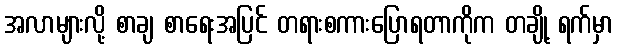
အလာများလို့ စာချ စာရေးအပြင် တရားစကားပြောရတာကိုက တချို့ ရက်မှာ